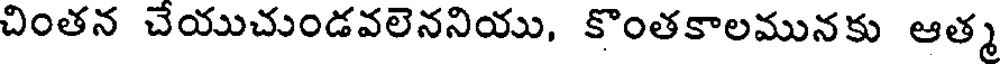
చింతన చేయుచుండవలెననియు, కొంతకాలమునకు ఆత్మ